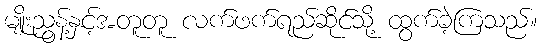
မျိုးညွန့်နှင့်အတူတူ လက်ဖက်ရည်ဆိုင်သို့ ထွက်ခဲ့ကြသည်။